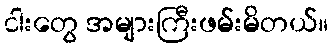
ငါးတွေ အများကြီးဖမ်းမိတယ်။